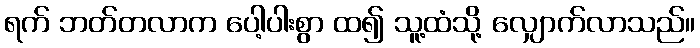
ရက် ဘတ်တလာက ပေါ့ပါးစွာ ထ၍ သူ့ထံသို့ လျှောက်လာသည်။